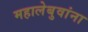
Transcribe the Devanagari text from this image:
महालेबुवांना